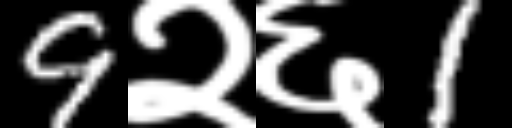
Text: 9२६1